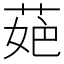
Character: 𦲛